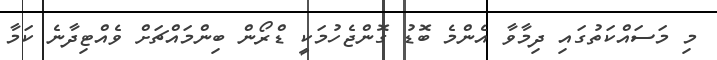
މި މަސައްކަތުގައި ދިމާވާ އެންމެ ބޮޑު ގޮންޖެހުމަކީ ޑްރޯން ބިންމައްޗަށް ވެއްޓިދާނެ ކަމާ